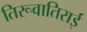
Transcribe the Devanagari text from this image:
तिरूवातिराई